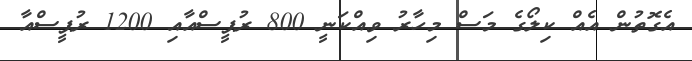
އެގޮތުން އެއް ކިލޯގެ މަސް މިހާރު ވިއްކަނީ 800 ރުޕީސްއާއި 1200 ރުޕީސްއާ